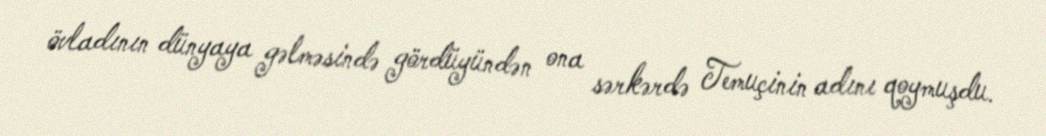
övladının dünyaya gəlməsində gördüyündən ona sərkərdə Temuçinin adını qoymuşdu.